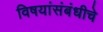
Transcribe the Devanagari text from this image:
विषयांसंबंधीचे